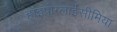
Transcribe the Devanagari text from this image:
हाइपोग्लाईसीमिया